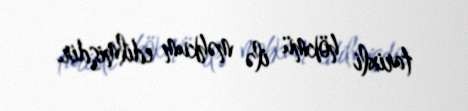
tarixli hökmü ilə məhkum edilmişdir.